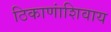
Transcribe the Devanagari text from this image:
ठिकाणांशिवाय